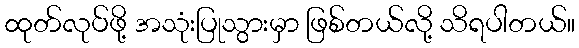
ထုတ်လုပ်ဖို့ အသုံးပြုသွားမှာ ဖြစ်တယ်လို့ သိရပါတယ်။